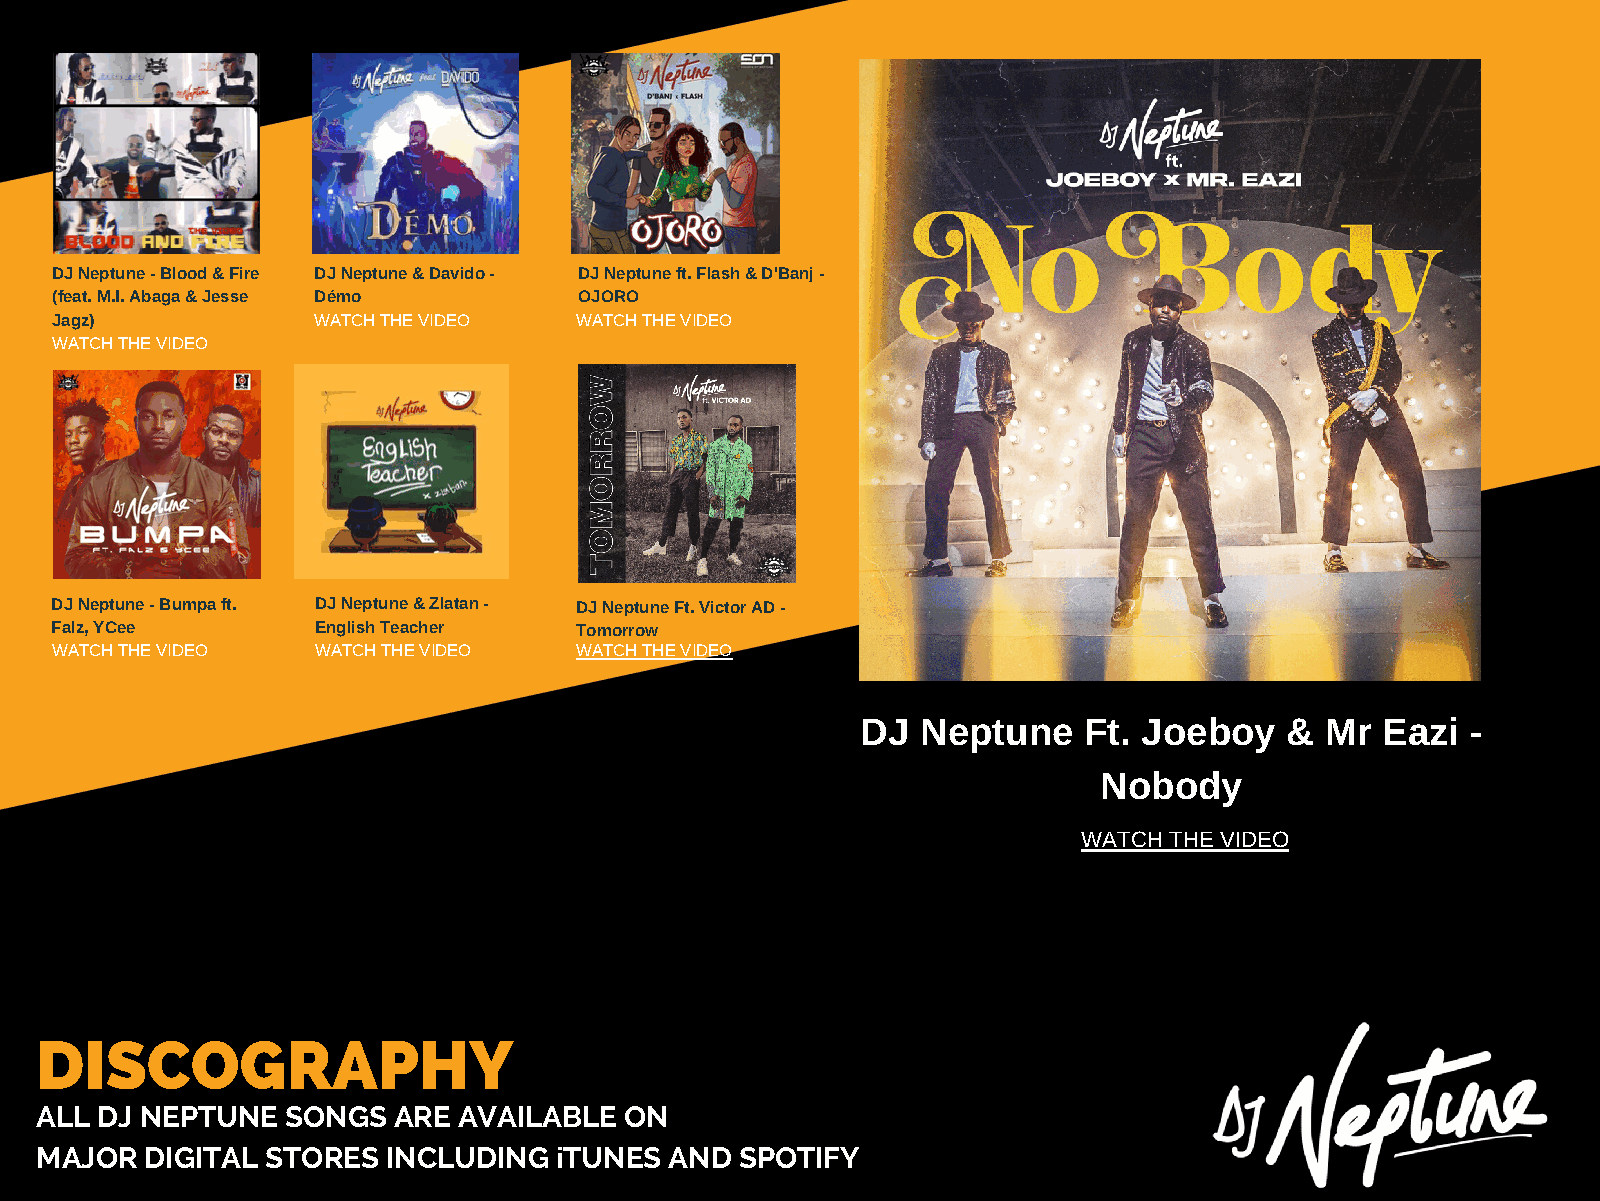
DJ Neptune - Blood & Fire DJ Neptune & Davido - DJ Neptune ft. Flash & D'Banj -
 (feat. M.I. Abaga & Jesse Démo     OJORO
 Jagz)             WATCH THE VIDEO  WATCH THE VIDEO
 WATCH THE VIDEO
 DJ Neptune - Bumpa ft. DJ Neptune & Zlatan - DJ Neptune Ft. Victor AD -
 Falz, YCee        English Teacher  Tomorrow
 WATCH THE VIDEO   WATCH THE VIDEO  WATCH THE VIDEO
 DJ  Neptune    Ft. Joeboy   &  Mr  Eazi -
 Nobody
 WATCH THE VIDEO
 DISCOGRAPHY
 ALL DJ NEPTUNE   SONGS  ARE AVAILABLE  ON
 MAJOR   DIGITAL STORES  INCLUDING  iTUNES AND  SPOTIFY